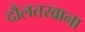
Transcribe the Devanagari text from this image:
दौलतखाना